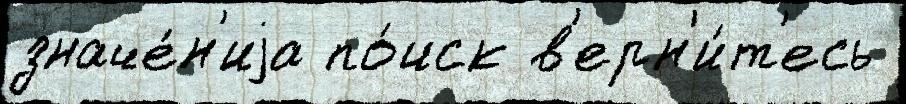
значе́н'иjа по́иск в'ерн'и́т'есь